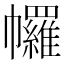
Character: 𢅾